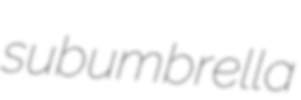
subumbrella